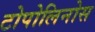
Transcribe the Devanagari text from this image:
टोपोलिनोस